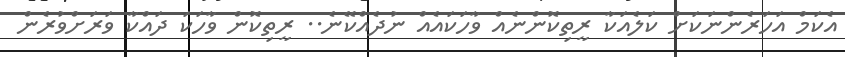
އެކަމް އަހަރެންނަކަށް ކަލެއަކާ ރީތިކޮންނެއް ވާހަކައެއް ނުދެއްކޭނެ.. ރީތިކޮން ވާހަކަ ދައްކާ ވަރަށްވުރެން